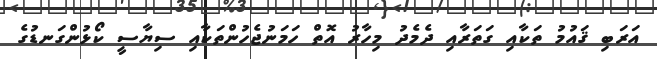
އަރަބި ޤައުމު ތަކާއި ގަތަރާއި ދެމެދު މިހާރު އޮތް ހަމަނުޖެހުންތަކާއި ސިޔާސީ ކޯޅުންގަނޑުގެ